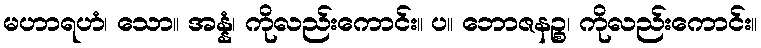
မဟာရဟံ၊ သော။ အန္နံ၊ ကိုလည်းကောင်း။ ပ။ ဘောဇနဉ္စ၊ ကိုလည်းကောင်း။